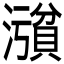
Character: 𪷪